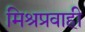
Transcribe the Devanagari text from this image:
मिश्रप्रवाही